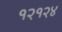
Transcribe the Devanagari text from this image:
१२१२४